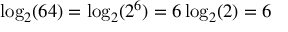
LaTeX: \log _ { 2 } ( 6 4 ) = \log _ { 2 } ( 2 ^ { 6 } ) = 6 \log _ { 2 } ( 2 ) = 6